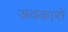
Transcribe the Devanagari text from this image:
अवकारों